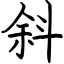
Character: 斜